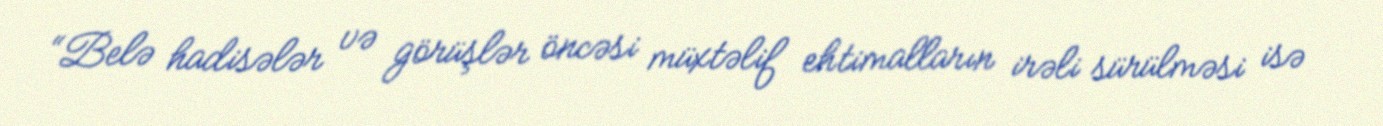
“Belə hadisələr və görüşlər öncəsi müxtəlif ehtimalların irəli sürülməsi isə